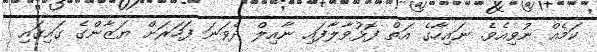
ކަމެއް ނުވިއެވެ. ނައިހާގެ އަތް ފޮޅުވާލާފައި ނާއިލް ދެވަނަ ފަހަރަށް ޔަޒާންގެ ގައިގައި